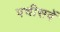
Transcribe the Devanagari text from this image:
पचीसवें